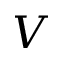
V